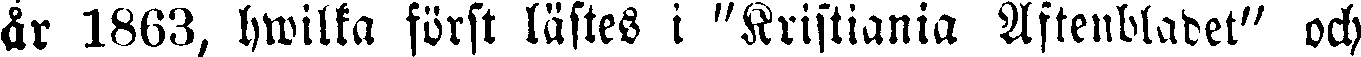
år 1863, hwilka först lästes i "Kristiania Aftenbladet" och